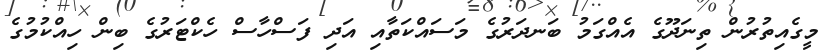
މީގެއިތުރުން ތިނަދޫގެ އެއްގަމު ބަނދަރުގެ މަސައްކަތާއި އަދި ފަސްހާސް ހެކްޓަރުގެ ބިން ހިއްކުމުގެ